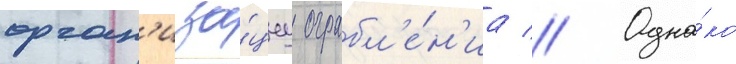
орган'иза́циу ограбл'е́н'иа // Одна́ко